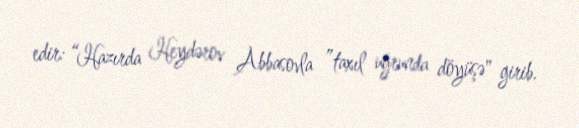
edir: “Hazırda Heydərov Abbasovla ”taxıl uğrunda döyüşə" girib.